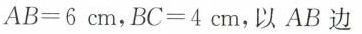
$$A B = 6 cm，$$B C = 4 cm，以AB 边